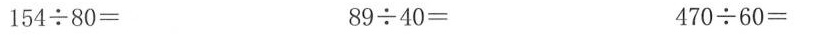
$$1 5 4 \div 8 0 =$$ $$8 9 \div 4 0 =$$ $$4 7 0 \div 6 0 =$$